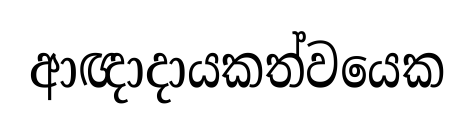
ආඥාදායකත්වයෙක